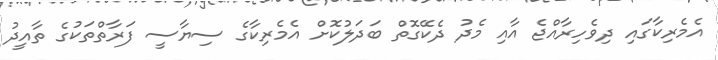
އެމެރިކާގައި ދިވެހިރާއްޖެ އާއި މެދު ދެކޭގޮތް ބަދަލުކޮށް އެމެރިކާގެ ސިޔާސީ ފަރާތްތަކުގެ ތާއީދު